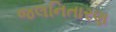
જલનિતારણ